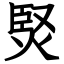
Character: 㷂